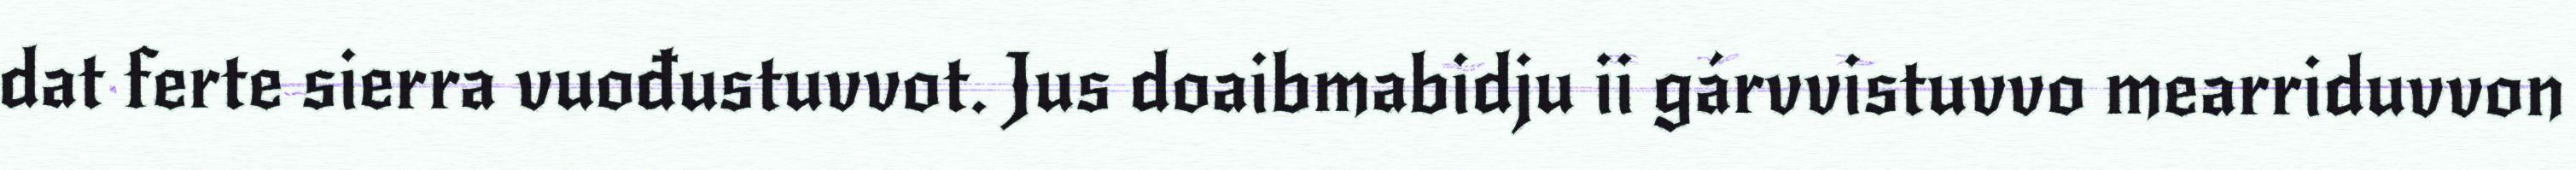
dat ferte sierra vuođustuvvot. Jus doaibmabidju ii gárvvistuvvo mearriduvvon